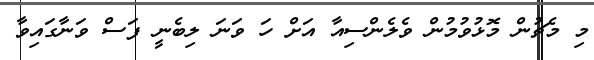
މި މެޗުން މޮޅުވުމުން ވެލެންސިއާ އަށް ހަ ވަނަ ލިބެނީ ފަސް ވަނާގައިވާ